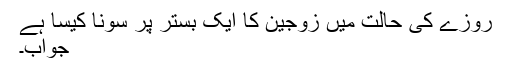
روزے کی حالت میں زوجین کا ایک بستر پر سونا کیسا ہے
جواب۔